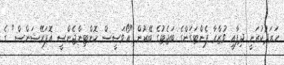
ހަރަދުކުރަނީ ދިފާއީ ވުޒާރާ ޕެންޓަގަންގެ ބަޖެޓުގެ ބޭރުން "އޯވަސީސް ކޮންޓިންޖެންސީ އޮޕަރޭޝަންސް" ގެ